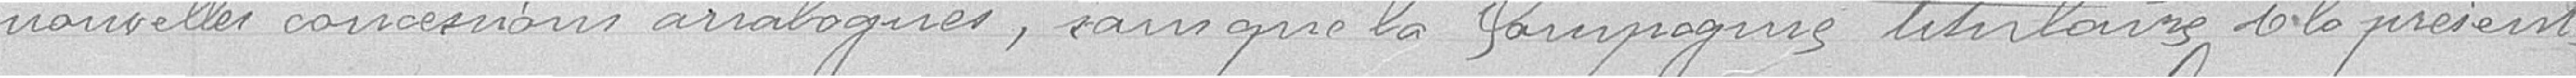
nouvelles concessions analogues, sans que la Compagnie titulaire soit présente